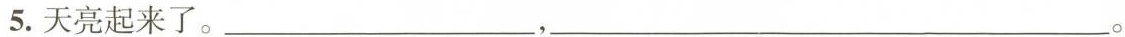
5.天亮起来了。___，___。